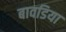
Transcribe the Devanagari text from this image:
बावडिया